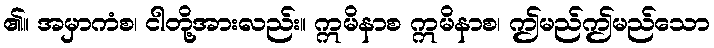
၏။ အမှာကံစ၊ ငါတို့အားလည်း။ ဣမိနာစ ဣမိနာစ၊ ဤမည်ဤမည်သော